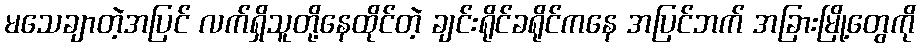
မသေချာတဲ့အပြင် လက်ရှိသူတို့နေထိုင်တဲ့ ချင်းရိုင်ခရိုင်ကနေ အပြင်ဘက် အခြားမြို့တွေကို